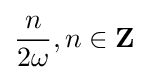
{\frac {n}{2\omega }},n\in \mathbf {Z}